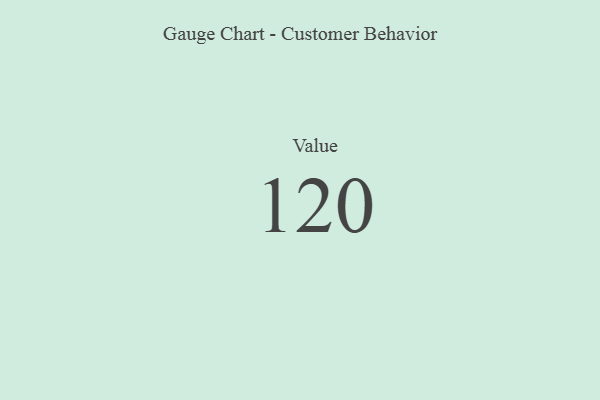
{"axis": {"x": "Metric", "y": "Value"}, "legend": [""], "data": [{"x": "Value", "y": 120, "type": ""}]}